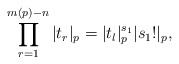
\begin{align*} \prod^{m(p)-n}_{r=1}|t_r|_p = |t_l|^{s_1}_p|s_1!|_p,\end{align*}